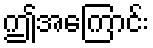
ဤအကြောင်း